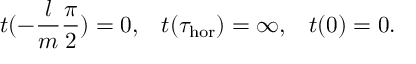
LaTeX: t ( - \frac { l } { m } \frac { \pi } { 2 } ) = 0 , \; \; \; t ( \tau _ { \mathrm { h o r } } ) = \infty , \; \; \; t ( 0 ) = 0 .